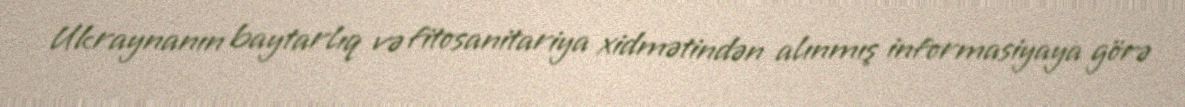
Ukraynanın baytarlıq və fitosanitariya xidmətindən alınmış informasiyaya görə